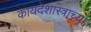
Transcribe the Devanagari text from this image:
कायदेशास्त्राच्या